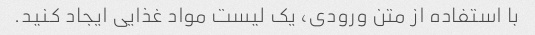
با استفاده از متن ورودی، یک لیست مواد غذایی ایجاد کنید.